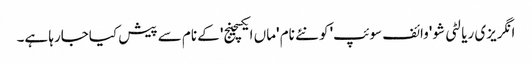
انگریزی ریالٹی شو 'وائف سوئپ' کو نئے نام 'ماں ایکسچینج' کے نام سے پیش کیاجارہا ہے۔